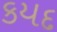
કયદ